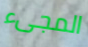
المجىء